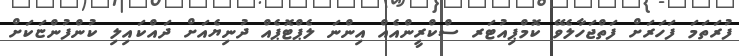
ފުރަތަމަ ފަހަރަށް ފަތްޖަހާލެވޭ ކޮމްޕިއުޓަރ ސްކްރީންއެއް އިންނަ ލެޕްޓޮޕެއް ދުނިޔެއަށް ދައްކައިލި ކުންފުންޏަކަށް